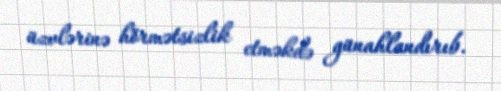
üzvlərinə hörmətsizlik etməkdə günahlandırıb.